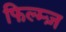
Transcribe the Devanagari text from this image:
फिल्म्ज़